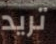
تريد